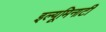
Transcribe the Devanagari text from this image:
इल्यूमिनाटी